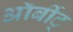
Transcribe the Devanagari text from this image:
ऑर्बीट्